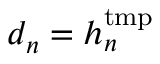
d _ { n } = h _ { n } ^ { \mathrm { t m p } }